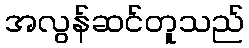
အလွန်ဆင်တူသည်